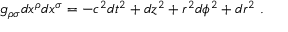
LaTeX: g _ { \rho \sigma } d x ^ { \rho } d x ^ { \sigma } = - c ^ { 2 } d t ^ { 2 } + d z ^ { 2 } + r ^ { 2 } d \phi ^ { 2 } + d r ^ { 2 } \ .